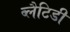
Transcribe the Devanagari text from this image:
ब्लैटिडी